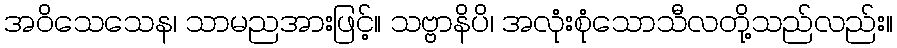
အဝိသေသေန၊ သာမညအားဖြင့်။ သဗ္ဗာနိပိ၊ အလုံးစုံသောသီလတို့သည်လည်း။